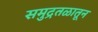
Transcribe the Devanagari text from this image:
समुद्रतळातून